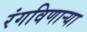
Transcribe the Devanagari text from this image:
रंगविणाऱ्या